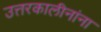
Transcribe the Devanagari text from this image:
उत्तरकालीनांना